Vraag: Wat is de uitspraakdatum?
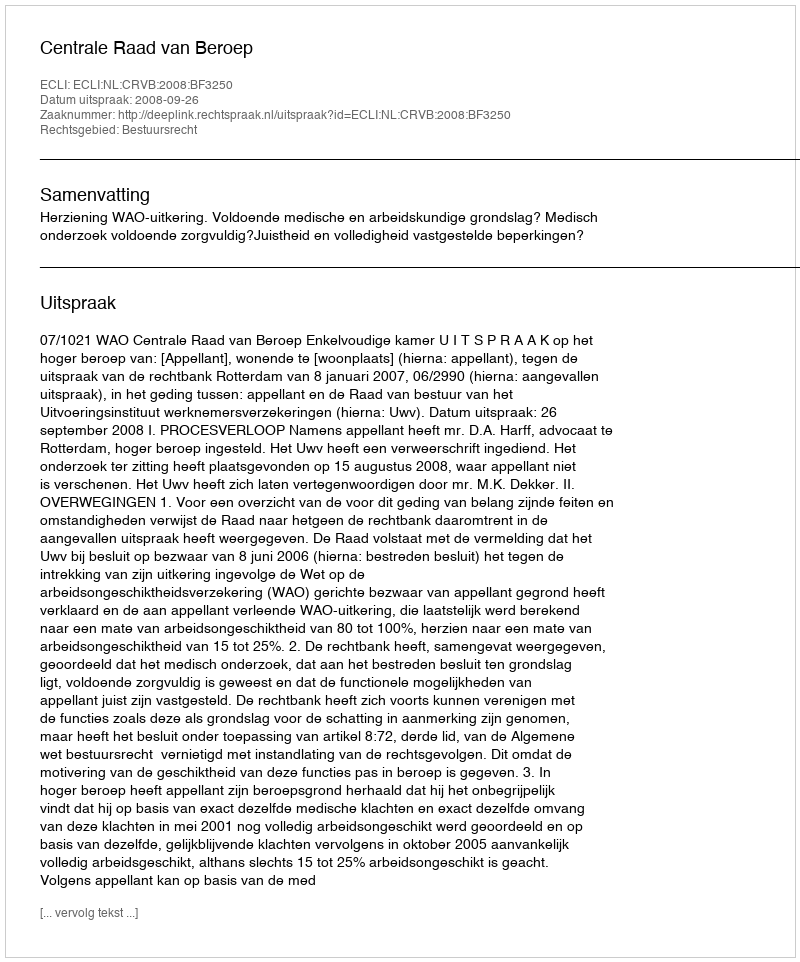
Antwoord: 2008-09-26